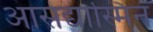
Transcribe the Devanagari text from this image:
आसद्यास्मिन